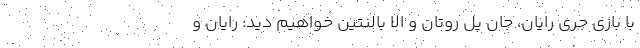
با بازی جری رایان، جان پل روتان و الا بالنتین خواهیم دید: رایان و